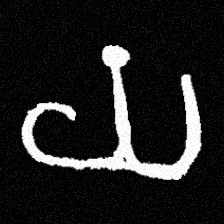
Pyu character \u2014 Myanmar letter: ယ (romanized: ya)